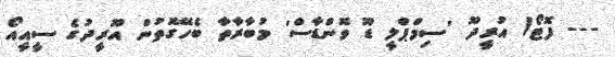
--- ފޮޓޯ/ އުރީދޫ 'ސިމްޕްލީ ޑޫ ވޮންޑާސް' މުބާރާތާ ބެހޭގޮތުން އޫރީދުގެ ސީއީއޯ